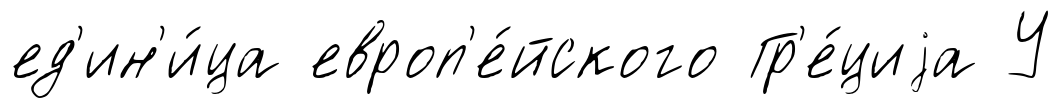
ед'ин'и́ца европ'е́йского Гр'е́циjа У